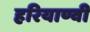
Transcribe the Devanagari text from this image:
हरियाण्वी